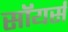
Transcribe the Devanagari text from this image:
सॉयर्स